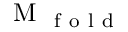
\mathrm { ~ M ~ } _ { \mathrm { ~ f ~ o ~ l ~ d ~ } }